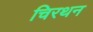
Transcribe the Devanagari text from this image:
चिरथन